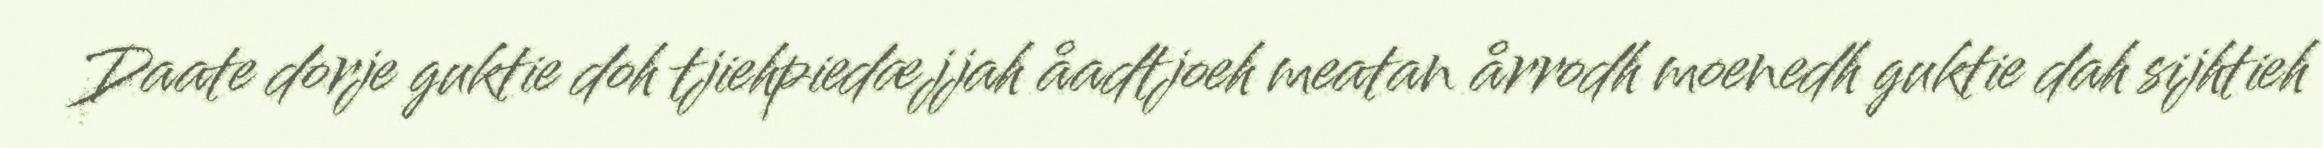
Daate dorje guktie doh tjiehpiedæjjah åadtjoeh meatan årrodh moenedh guktie dah sijhtieh